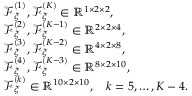
\begin{array} { r l } & { \boldsymbol { \mathcal { F } } _ { \xi } ^ { ( 1 ) } , \boldsymbol { \mathcal { F } } _ { \xi } ^ { ( K ) } \in \mathbb { R } ^ { 1 \times 2 \times 2 } , } \\ & { \boldsymbol { \mathcal { F } } _ { \xi } ^ { ( 2 ) } , \boldsymbol { \mathcal { F } } _ { \xi } ^ { ( K - 1 ) } \in \mathbb { R } ^ { 2 \times 2 \times 4 } , } \\ & { \boldsymbol { \mathcal { F } } _ { \xi } ^ { ( 3 ) } , \boldsymbol { \mathcal { F } } _ { \xi } ^ { ( K - 2 ) } \in \mathbb { R } ^ { 4 \times 2 \times 8 } , } \\ & { \boldsymbol { \mathcal { F } } _ { \xi } ^ { ( 4 ) } , \boldsymbol { \mathcal { F } } _ { \xi } ^ { ( K - 3 ) } \in \mathbb { R } ^ { 8 \times 2 \times 1 0 } , } \\ & { \boldsymbol { \mathcal { F } } _ { \xi } ^ { ( k ) } \in \mathbb { R } ^ { 1 0 \times 2 \times 1 0 } , \quad k = 5 , \ldots , K - 4 . } \end{array}